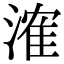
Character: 㴶